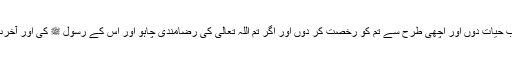
آپ اپنی بیبیوں سے کہہ دوکہ اگر وہ دنیا اور اس کی زینت چاہیں تو آؤ میں تم کو دنیا کے اسباب حیات دوں اور اچھی طرح سے تم کو رخصت کر دوں اور اگر تم اللہ تعالیٰ کی رضامندی چاہو اور اس کے رسول ﷺ کی اور آخرت کا گھر چاہو تو بیشک اللہ تعالیٰ نے تمہارے نیک بختوں کے لیے بہت بڑا ثواب تیار کیا ہے۔